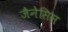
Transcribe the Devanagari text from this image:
जैनेसिस